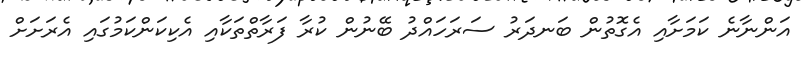
އަންނާނެ ކަމަށާއި އެގޮތުން ބަނދަރު ސަރަހައްދު ބޭނުން ކުރާ ފަރާތްތަކާއި އެކިކަންކަމުގައި އެރަށަށް